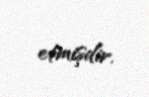
etmişdir.